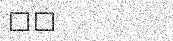
٢١